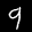
Label: 9